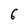
Character: 6